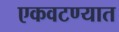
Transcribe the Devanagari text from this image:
एकवटण्यात